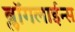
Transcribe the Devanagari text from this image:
ब्लॉगलाईन्स